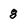
Character: 8